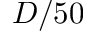
D / 5 0